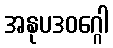
အနုပဒဝဂ္ဂေါ